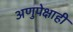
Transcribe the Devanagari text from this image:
अणुपेक्षाही